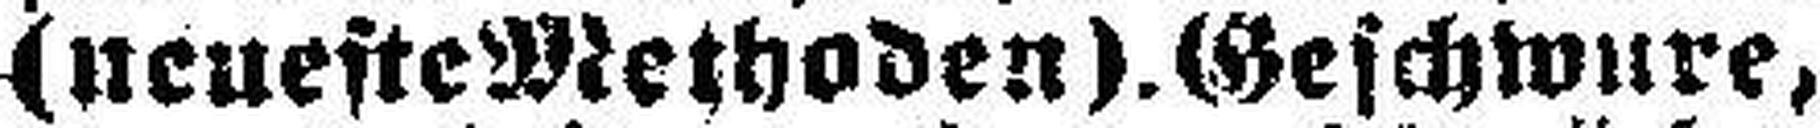
(neueste Methoden).Geschwure,